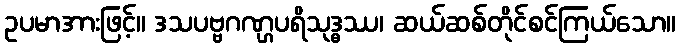
ဥပမာအားဖြင့်။ ဒသပဗ္ဗဂဏ္ဌပရိသုဒ္ဓဿ၊ ဆယ်ဆစ်တိုင်စင်ကြယ်သော။